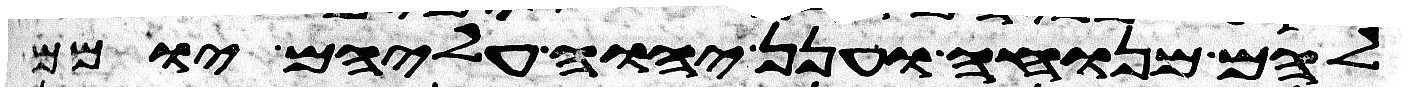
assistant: להם מנוחה וענן יהוה עליהם יומם